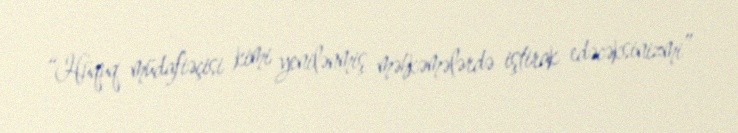
“Hüquq müdafiəçisi kimi yenilənmiş məhkəmələrdə iştirak edəcəksinizmi”